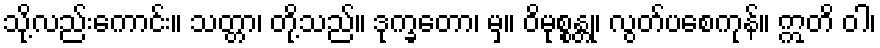
သို့လည်းကောင်း။ သတ္တာ၊ တို့သည်။ ဒုက္ခတော၊ မှ။ ဝိမုစ္စန္တု၊ လွတ်ပစေကုန်။ ဣတိ ဝါ၊